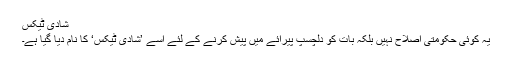
شادی ٹیکس
یہ کوئی حکومتی اصلاح نہیں بلکہ بات کو دلچسپ پیرائے میں پیش کرنے کے لئے اسے ’شادی ٹیکس‘ کا نام دیا گیا ہے۔